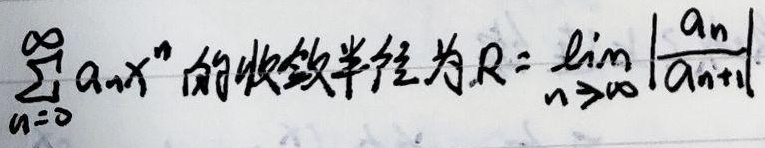
\(\sum_{n = 0}^{\infty} a_{n}x^{n}\)的收敛半径为\(R = \lim_{n \to \infty} \left|\frac{a_{n}}{a_{n + 1}}\right|\)，前提是\(\lim_{n \to \infty} \left|\frac{a_{n}}{a_{n + 1}}\right|\)存在。